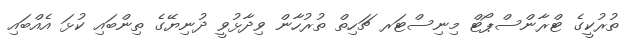
ތުރުކީގެ ޓްރާންސްޕޯޓް މިނިސްޓަރ ޗަހިތް ތުރުހާން ވިދާޅުވީ ދުނިޔޭގެ ތިންބައި ކުޅަ އެއްބައި